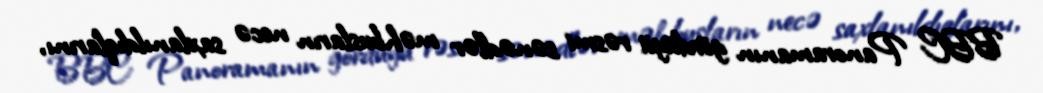
BBC Panoramanın gördüyü rəsmi sənədlər məhbusların necə saxlanıldıqlarını,